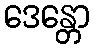
ဒေန္တော